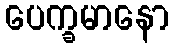
ပေက္ခမာနော